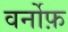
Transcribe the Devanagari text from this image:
वर्नोफ़